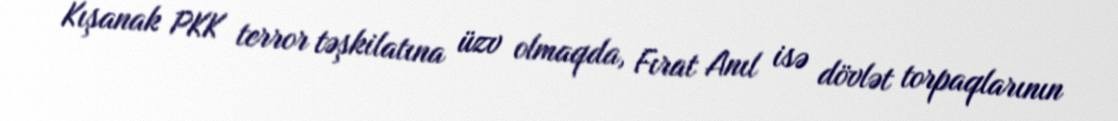
Kışanak PKK terror təşkilatına üzv olmaqda, Fırat Anıl isə dövlət torpaqlarının